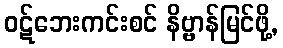
ဝဋ်ဘေးကင်းစင် နိဗ္ဗာန်မြင်ဖို့,